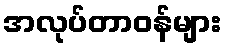
အလုပ်တာဝန်များ